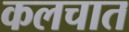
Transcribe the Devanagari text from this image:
कलचात